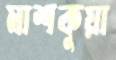
মাশকুয়া